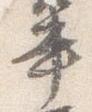
書